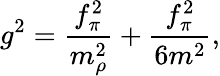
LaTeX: g^{2}={\frac{f_{\pi}^{2}}{m_{\rho}^{2}}}+{\frac{f_{\pi}^{2}}{6m^{2}}},